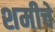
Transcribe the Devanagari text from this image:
शमीचे